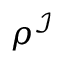
\rho ^ { \mathcal { I } }